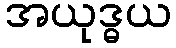
အယုဒ္ဓယ